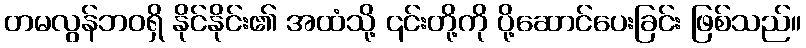
တမလွန်ဘဝရှိ နိုင်နိုင်း၏ အထံသို့ ၎င်းတို့ကို ပို့ဆောင်ပေးခြင်း ဖြစ်သည်။